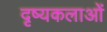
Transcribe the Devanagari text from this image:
दृष्यकलाओं